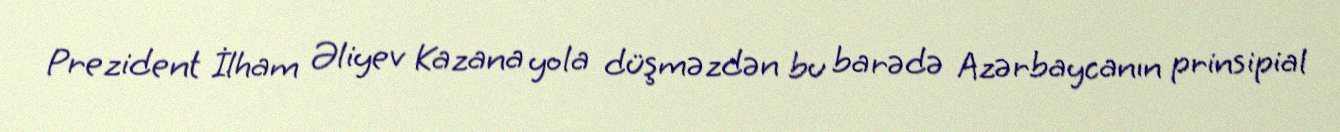
Prezident İlham Əliyev Kazana yola düşməzdən bu barədə Azərbaycanın prinsipial